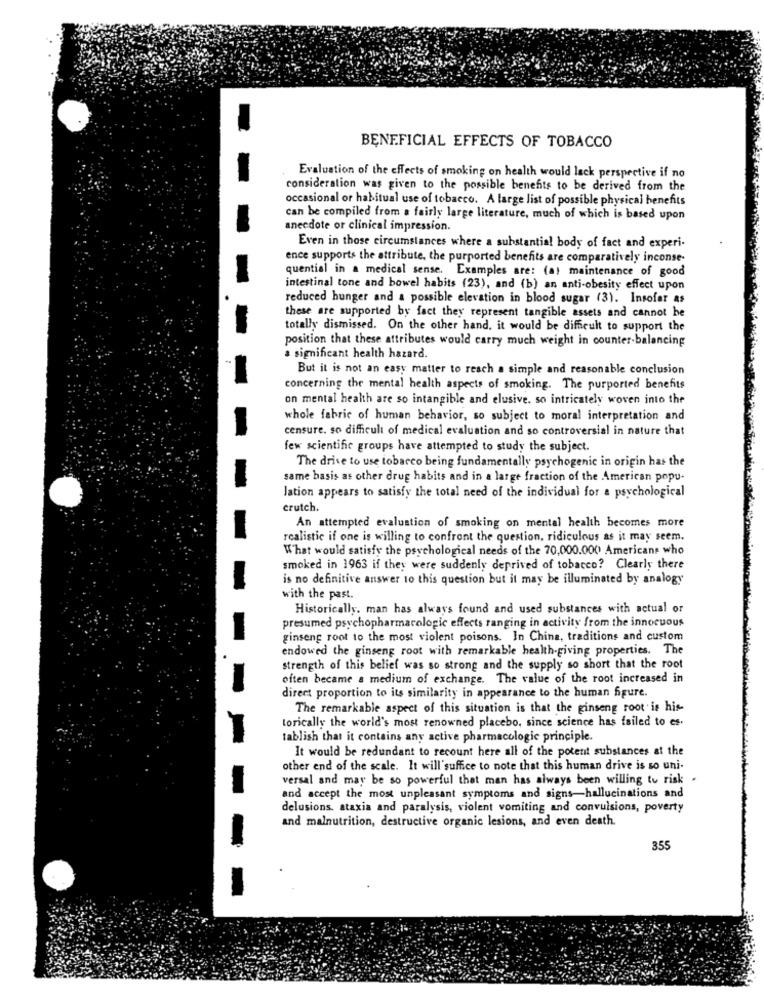
BENEFICIAL EFFECTS OF TOBACCO
Evaluation of the effects of smoking on health would lack perspective if no
consideration was given to the possible benefits to be derived from the
occasional or habitual use of tobacco. A large list of possible physical benefits
can be compiled from a fairly large literature, much of which is based upon
anecdote or clinical impression.
Even in those circumstances where a substantial body of fact and experi-
ence supports the attribute, the purported benefits are comparatively inconse
quential in a medical sense. Examples are: (a) maintenance of good
intestinal tone and bowel habits (23), and (b) an anti-obesity effect upon
reduced hunger and a possible elevation in blood sugar (3). Insofar as
these are supported by fact they represent tangible assets and cannot be
totally dismissed. On the other hand, it would be difficult to support the
position that these attributes would carry much weight in counter-balancing
a significant health hazard.
But it is not an easy matter to reach a simple and reasonable conclusion
concerning the mental health aspects of smoking. The purported benefits
on mental health are so intangible and elusive. so intricately woven into the
whole fabric of human behavior, so subject to moral interpretation and
censure. so difficult of medical evaluation and so controversial in nature that
few scientific groups have attempted to study the subject.
The drive to use tobacco being fundamentally psychogenic in origin has the
same basis as other drug habits and in a large fraction of the American popu-
Jation appears to satisfy the total need of the individual for a psychological
crutch.
An attempted evaluation of smoking on mental health becomes more
realistic if one is willing to confront the question, ridiculous as it may seem.
What would satisfy the psychological needs of the 70,000.000 Americans who
smoked in 1963 if they were suddenly deprived of tobacco? Clearly there
is no definitive answer to this question but it may be illuminated by analogy
with the past.
Historically. man has always found and used substances with actual or
presumed psychopharmacologic effects ranging in activity from the innocuous
ginseng root to the most violent poisons. In China, traditions and custom
endowed the ginseng root with remarkable health-giving properties. The
strength of this belief was so strong and the supply so short that the root
often became a medium of exchange. The value of the root increased in
direct proportion to its similarity in appearance to the human figure.
The remarkable aspect of this situation is that the ginseng root is his-
torically the world's most renowned placebo, since science has failed to es.
tablish that it contains any active pharmacologic principle.
It would be redundant to recount here all of the potent substances at the
other end of the scale. It will suffice to note that this human drive is so uni-
versal and may be so powerful that man has always been willing to risk
and accept the most unpleasant symptoms and signs-hallucinations and
delusions, ataxia and paralysis, violent vomiting and convulsions, poverty
and malnutrition, destructive organic lesions, and even death.
355